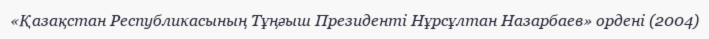
«Қазақстан Республикасының Тұңғыш Президенті Нұрсұлтан Назарбаев» ордені (2004)